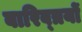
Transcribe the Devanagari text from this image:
बारिव्त्रयों